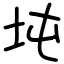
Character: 坉